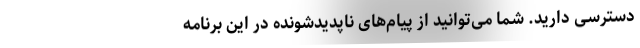
دسترسی دارید. شما می‌توانید از پیام‌های ناپدیدشونده در این برنامه